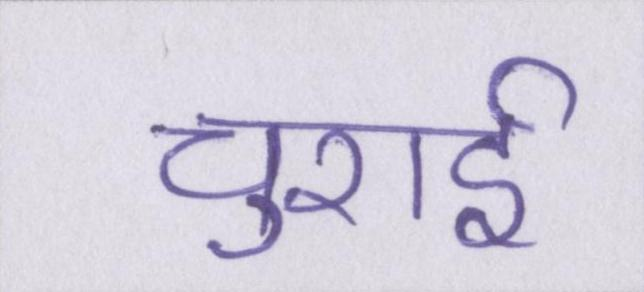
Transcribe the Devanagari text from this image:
चुराई